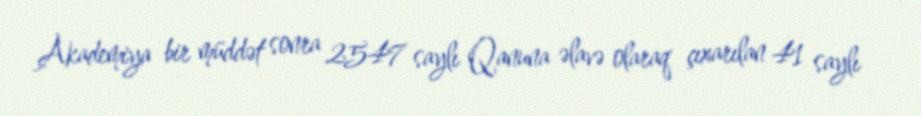
Akademiya bir müddət sonra 2547 saylı Qanuna əlavə olaraq çıxarılan 41 saylı